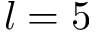
l = 5